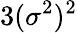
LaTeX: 3(\sigma^{2})^{2}